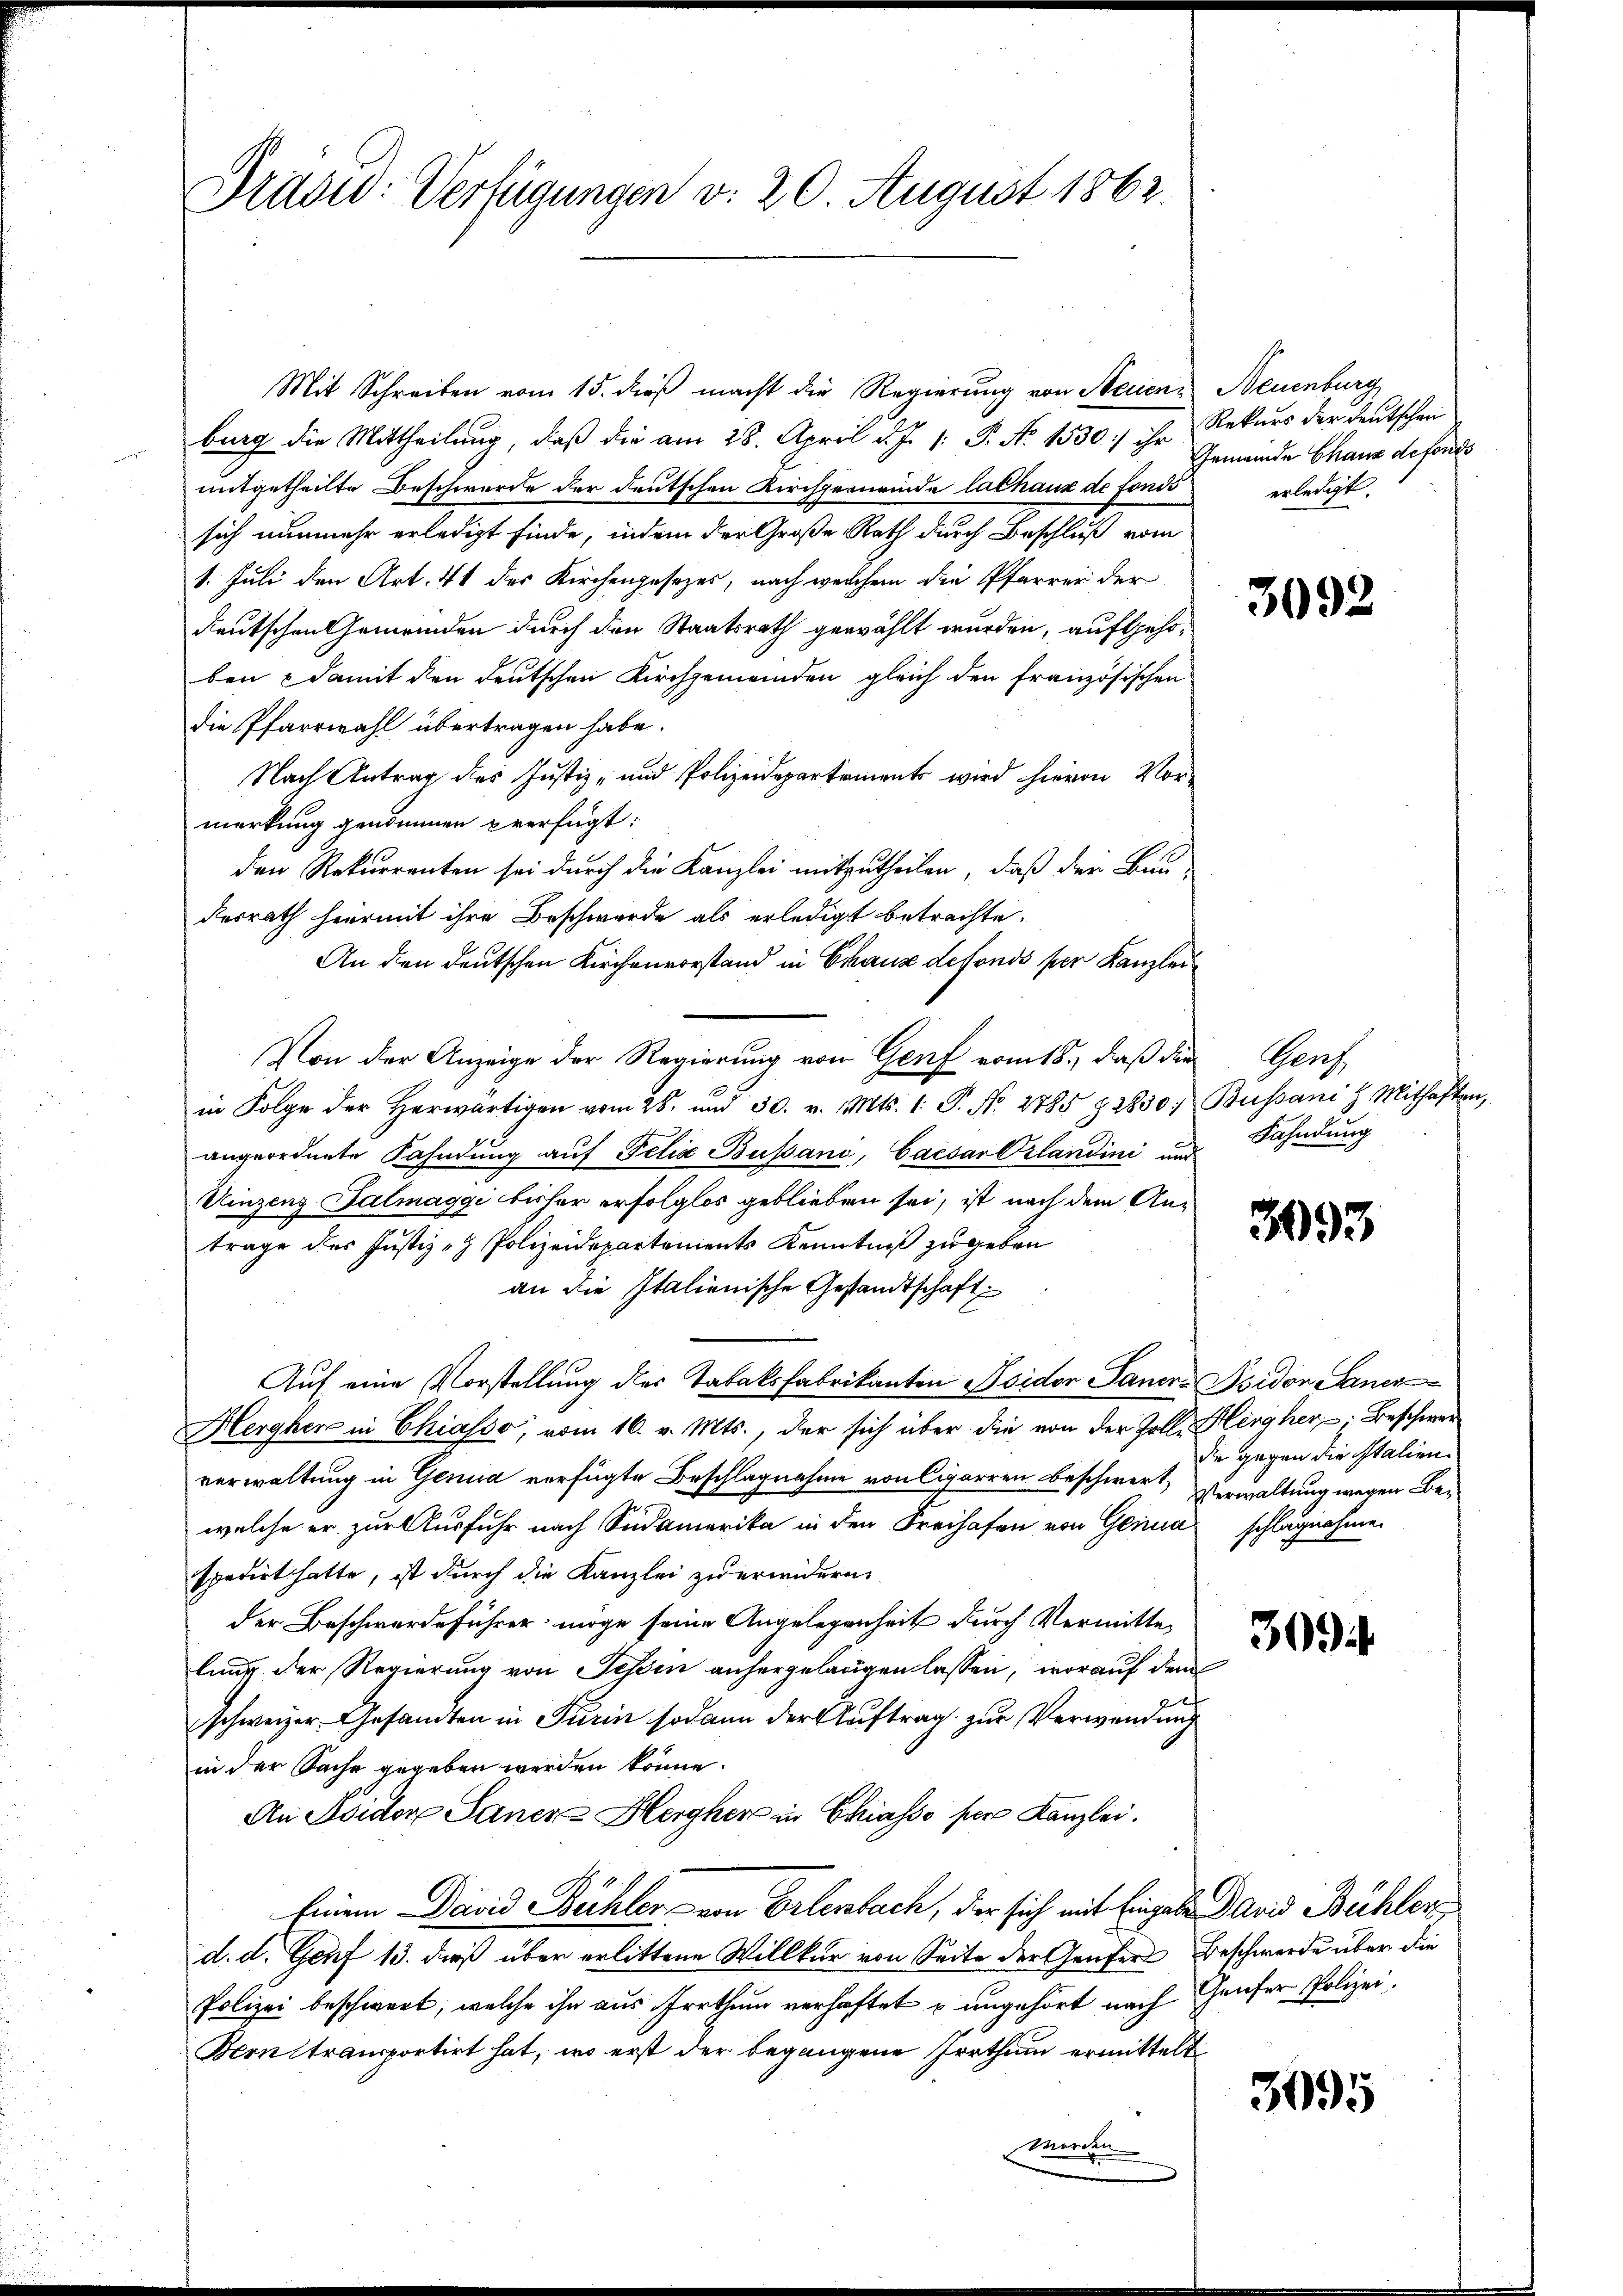
Brasiv: Verfügungen v. 20. August 1862.

Mit Schreiben vom 15. dieß macht die Regierung von Neuen
burg die Mittheilung, daß die am 28. April d. J. 1: P. No 1530) ihr
mitgetheilte Beschwerde der deutschen Kirchgemeinde lalhaus de fonds
sich nunmehr erledigt finde, indem der Große Rath durch Beschluß vom
1. Juli den Art. 41 der Kirchengesezes, nach welchem die Pfarrer der
deutschen Gemeinden durch den Staatsrath gewählt wurden, aufgehoben damit den deutschen Kirchgemeinden gleich den französischen
die Pfarrwahl übertragen habe.
Nach Antrag des Justiz- und Polizeidepartements wird hievon Vormerkung genommen perfügt:
den Rekurrenten sei durch die Kanzlei mitzutheilen, daß der Bau-
desrath hiermit ihre Beschwerde als erledigt betrachte.
An den deutschen Kirchenvorstand in Chaux detonds per Kanzlei
Von der Anzeige der Regierung von Genf vom 18. daβ die Genf
in Folge der herwärtigen vom 28. und 30. v. Mts. 1. P. Nr. 2785 § 2850, Bussani H. Mithaften,
angeordnete Fahndung auf Felix Bupano, Caesar Erlandini und
Uinzenz Salmaggi bisher erfolglos geblieben sei, ist nach dem Antrage der Justiz - Polizeidepartements Kenntniß zu geben
an die Italienische Gesandtschaft
Auf eine Vorstellung der Tabaksfabrikanton Isidor Sauer. Isidon Sanen
Hergher in Chiasso, vom 16. v. Mts., der sich über die von der Zolle Hergher, Beschwer
verwaltung in Genua verfügte Beschlagnahme von Cigarren beschwert, Verwaltung wegen Bewelche er zur Ausfuhr nach Südamerika in den Freihafen von Genua schlagnahme.
spedirt hatte, ist durch die Kanzlei zu erwidern,
der Beschwerdeführer möge seine Angelegenheit durch Vermittelung der Regierung von Fessen anhergelangen lassen, worauf dem
schweizer Gesandten in Turin sodann der Auftrag zur Verwendung
in der Sache gegeben werden könne.
An Fridor Sauer Hergher in Chiasso per Kanzlei.
Einem David Bühler, von Erlenbach, der sich mit Eingabe David Bühler
d. d. Genf 13. dieß über erlittene Willkür von Seite der Genfer Beschwerde über die
Polizei beschwert, welche ihn aus Irrthum verhaftet u ungehört nach Genfer Polizei.
Bernstransportirt hat, wo erst der begangene Irrthum ermittelt
worden

Neuenburg
Rekurs der Deutschen
Gemeinde Chaux defonds
erledigt.

3092

Fahndung

393

die gegen die Italien

300

3095